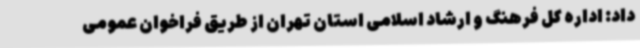
داد: اداره کل فرهنگ و ارشاد اسلامی استان تهران از طریق فراخوان عمومی